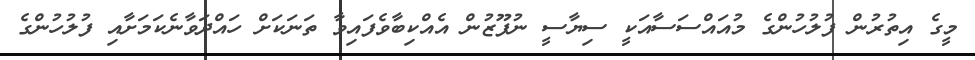
މީގެ އިތުރުން ފުލުހުންގެ މުއައްސަސާއަކީ ސިޔާސީ ނުފޫޒުން އެއްކިބާވެފައިވާ ތަނަކަށް ހައްދަވާނެކަމަށާއި ފުލުހުންގެ